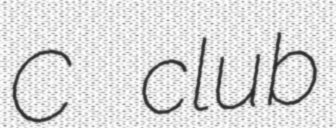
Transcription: C club